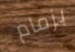
بزمام